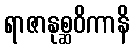
ရာဇာနုစ္ဆဝိကာနိ